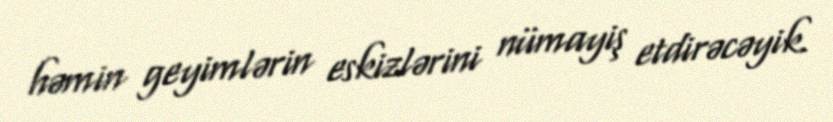
həmin geyimlərin eskizlərini nümayiş etdirəcəyik.